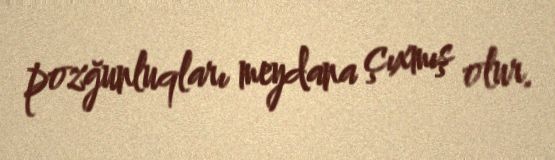
pozğunluqları meydana çıxmış olur.